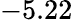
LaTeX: -5.22